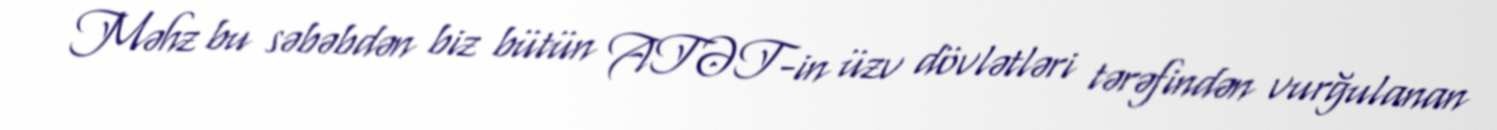
Məhz bu səbəbdən biz bütün ATƏT-in üzv dövlətləri tərəfindən vurğulanan